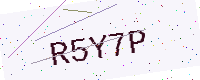
Text: R5Y7P